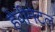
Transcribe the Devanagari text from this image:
हेवीमेटल